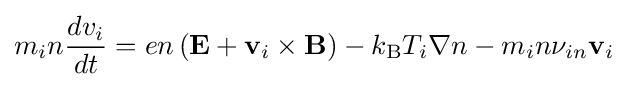
m_{i}n{\frac {dv_{i}}{dt}}=en\left(\mathbf {E} +\mathbf {v} _{i}\times \mathbf {B} \right)-k_{\text{B}}T_{i}\nabla n-m_{i}n\nu _{in}\mathbf {v} _{i}